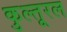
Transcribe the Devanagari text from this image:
कुल्तूरल